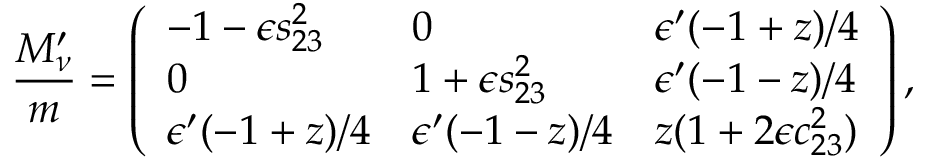
\frac { M _ { \nu } ^ { \prime } } { m } = \left( \begin{array} { l l l } { { - 1 - \epsilon s _ { 2 3 } ^ { 2 } } } & { { 0 } } & { { \epsilon ^ { \prime } ( - 1 + z ) / 4 } } \\ { { 0 } } & { { 1 + \epsilon s _ { 2 3 } ^ { 2 } } } & { { \epsilon ^ { \prime } ( - 1 - z ) / 4 } } \\ { { \epsilon ^ { \prime } ( - 1 + z ) / 4 } } & { { \epsilon ^ { \prime } ( - 1 - z ) / 4 } } & { { z ( 1 + 2 \epsilon c _ { 2 3 } ^ { 2 } ) } } \end{array} \right) ,